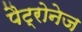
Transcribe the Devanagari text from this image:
पैट्रोनेज